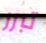
تبرر